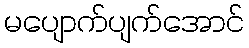
မပျောက်ပျက်အောင်